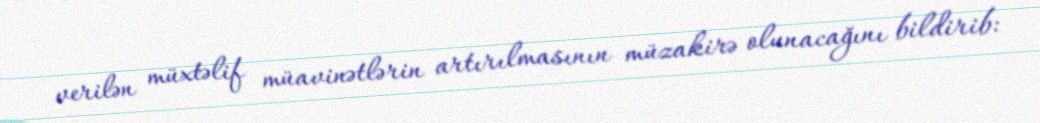
verilən müxtəlif müavinətlərin artırılmasının müzakirə olunacağını bildirib: